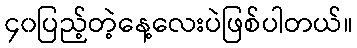
၄၀ပြည့်တဲ့နေ့လေးပဲဖြစ်ပါတယ်။